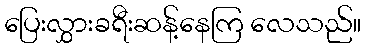
ပြေးလွှားခရီးဆန့်နေကြ လေသည်။